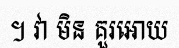
។ វា មិន គួរអោយ